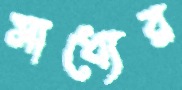
সাধ্যের